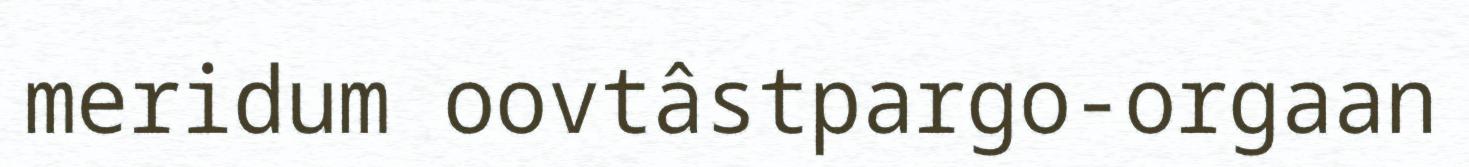
meridum oovtâstpargo-orgaan